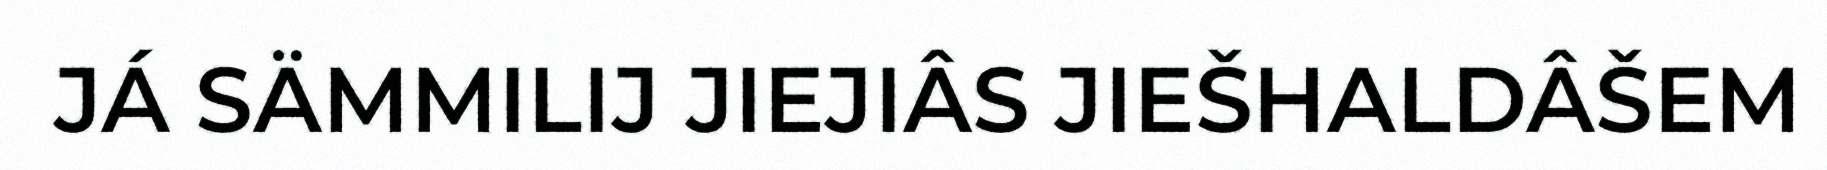
JÁ SÄMMILIJ JIEJIÂS JIEŠHALDÂŠEM